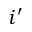
i ^ { \prime }